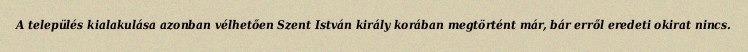
A település kialakulása azonban vélhetően Szent István király korában megtörtént már, bár erről eredeti okirat nincs.